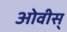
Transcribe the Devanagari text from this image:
ओवीस्